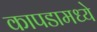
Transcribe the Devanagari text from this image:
कापडामध्ये